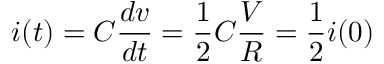
i ( t ) = C \frac { d v } { d t } = \frac { 1 } { 2 } C \frac { V } { R } = \frac { 1 } { 2 } i ( 0 )